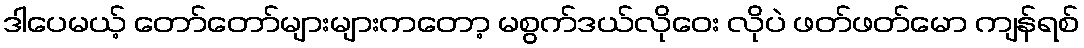
ဒါပေမယ့် တော်တော်များများကတော့ မစွက်ဒယ်လိုဝေး လိုပဲ ဖတ်ဖတ်မော ကျန်ရစ်